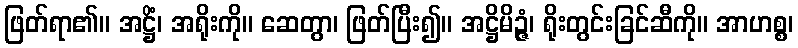
ဖြတ်ရာ၏။ အဋ္ဌိံ၊ အရိုးကို။ ဆေတွာ၊ ဖြတ်ပြီး၍။ အဋ္ဌိမိဉ္ဇံ၊ ရိုးတွင်းခြင်ဆီကို။ အာဟစ္စ၊